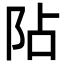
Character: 阽